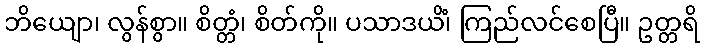
ဘိယျော၊ လွန်စွာ။ စိတ္တံ၊ စိတ်ကို။ ပသာဒယိံ၊ ကြည်လင်စေပြီ။ ဥတ္တရိ